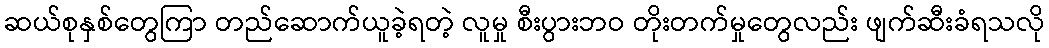
ဆယ်စုနှစ်တွေကြာ တည်ဆောက်ယူခဲ့ရတဲ့ လူမှု စီးပွားဘဝ တိုးတက်မှုတွေလည်း ဖျက်ဆီးခံရသလို